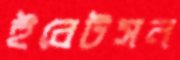
ইবেটসন